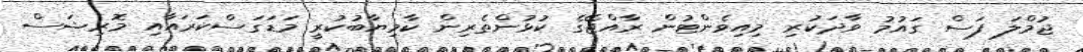
ޖުމްލަ ފަސް ގައުމު ވާދަކުރި މިއިވެންޓުން ރާއްޖޭގެ ކުޅުންތެރިން ކާމިޔާބުކުރީ މަޑަގަސްކަރައާއި މޮރިޝަސް